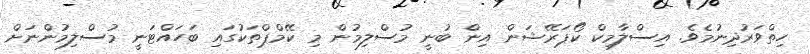
ހިތްވަރުދިނުމެވެ. އިސްލާމިކް ކޯޕަރޭޝަން އިން ބުނީ މުސްލިމުން މި ކޭމްޕްތަކުގައި ބަހައްޓަނީ މުސްލިމުންނަށް